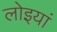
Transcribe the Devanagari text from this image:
लोइयां